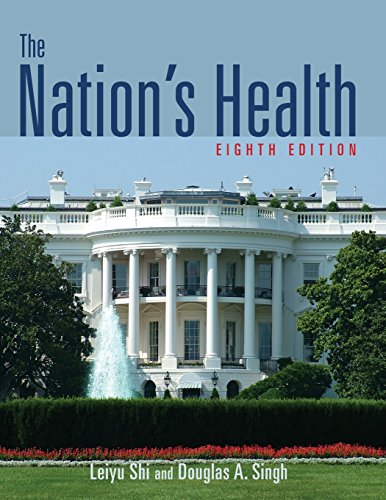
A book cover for The Nation's Health (Nation's Health (PT of J&b Ser in Health Sci) Nation's Healt); Leiyu Shi; Medical Books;